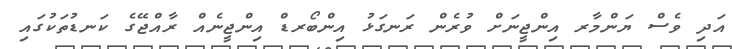
އަދި ވެސް ޔަންމާރ އިންޖީނަށް ވުރެން ރަނގަޅު އިންބޯރޑް އިންޖީނެއް ރާއްޖޭގެ ކަނޑުތަކުގައި